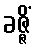
ခဇ္ဇိံ